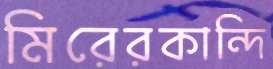
মিরেরকান্দি